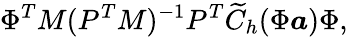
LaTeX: \Phi^{T}M(P^{T}M)^{-1}P^{T}\widetilde{C}_{h}(\Phi\boldsymbol{a})\Phi,